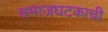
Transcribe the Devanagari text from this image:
समाजघटकाची